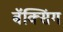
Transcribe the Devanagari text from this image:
बॅक्सिंग